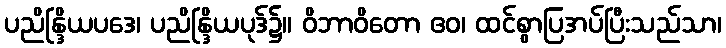
ပညိန္ဒြိယပဒေ၊ ပညိန္ဒြိယပုဒ်၌။ ဝိဘာဝိတော ဧဝ၊ ထင်စွာပြအပ်ပြီးသည်သာ၊